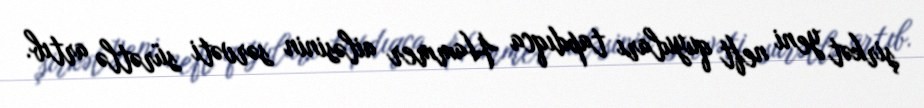
şirkət yeni neft quyuları tapdıqca Hammer ailəsinin sərvəti sürətlə artıb.